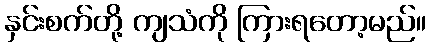
နှင်းစက်တို့ ကျသံကို ကြားရတော့မည်။